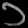
Digit: ၁